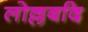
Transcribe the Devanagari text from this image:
लोल्लबदि